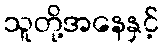
သူတို့အနေနှင့်